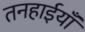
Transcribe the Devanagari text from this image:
तनहाईयाँ